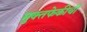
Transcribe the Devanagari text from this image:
मुक्तफेकीची